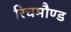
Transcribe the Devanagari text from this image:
रिचमौण्ड